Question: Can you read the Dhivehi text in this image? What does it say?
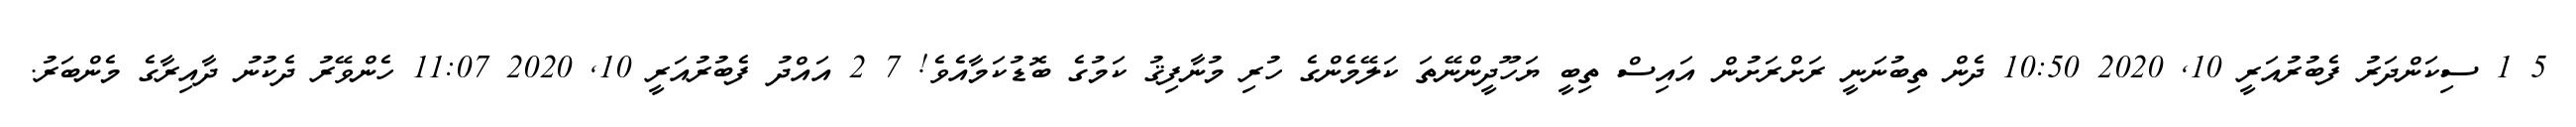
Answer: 5 1 ސިކަންދަރު ފެބުރުއަރީ 10, 2020 10:50 ދެން ތިބުނަނީ ރަށްރަށުން އައިސް ތިބީ ޔަހޫދީންނޭތަ ކަލޭމެންގެ ހުރި މުނާފިޤު ކަމުގެ ބޮޑުކަމާއެވެ! 7 2 އައްދު ފެބުރުއަރީ 10, 2020 11:07 ހެންވޭރު ދެކުނު ދާއިރާގެ މެންބަރު.